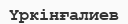
Үркінғалиев